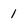
Character: 1